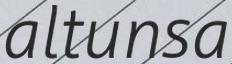
altunsa